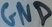
Text: GND